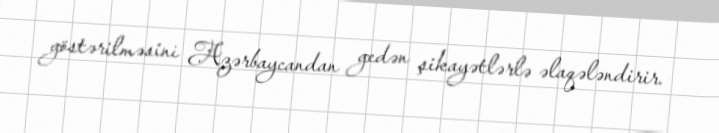
göstərilməsini Azərbaycandan gedən şikayətlərlə əlaqələndirir.